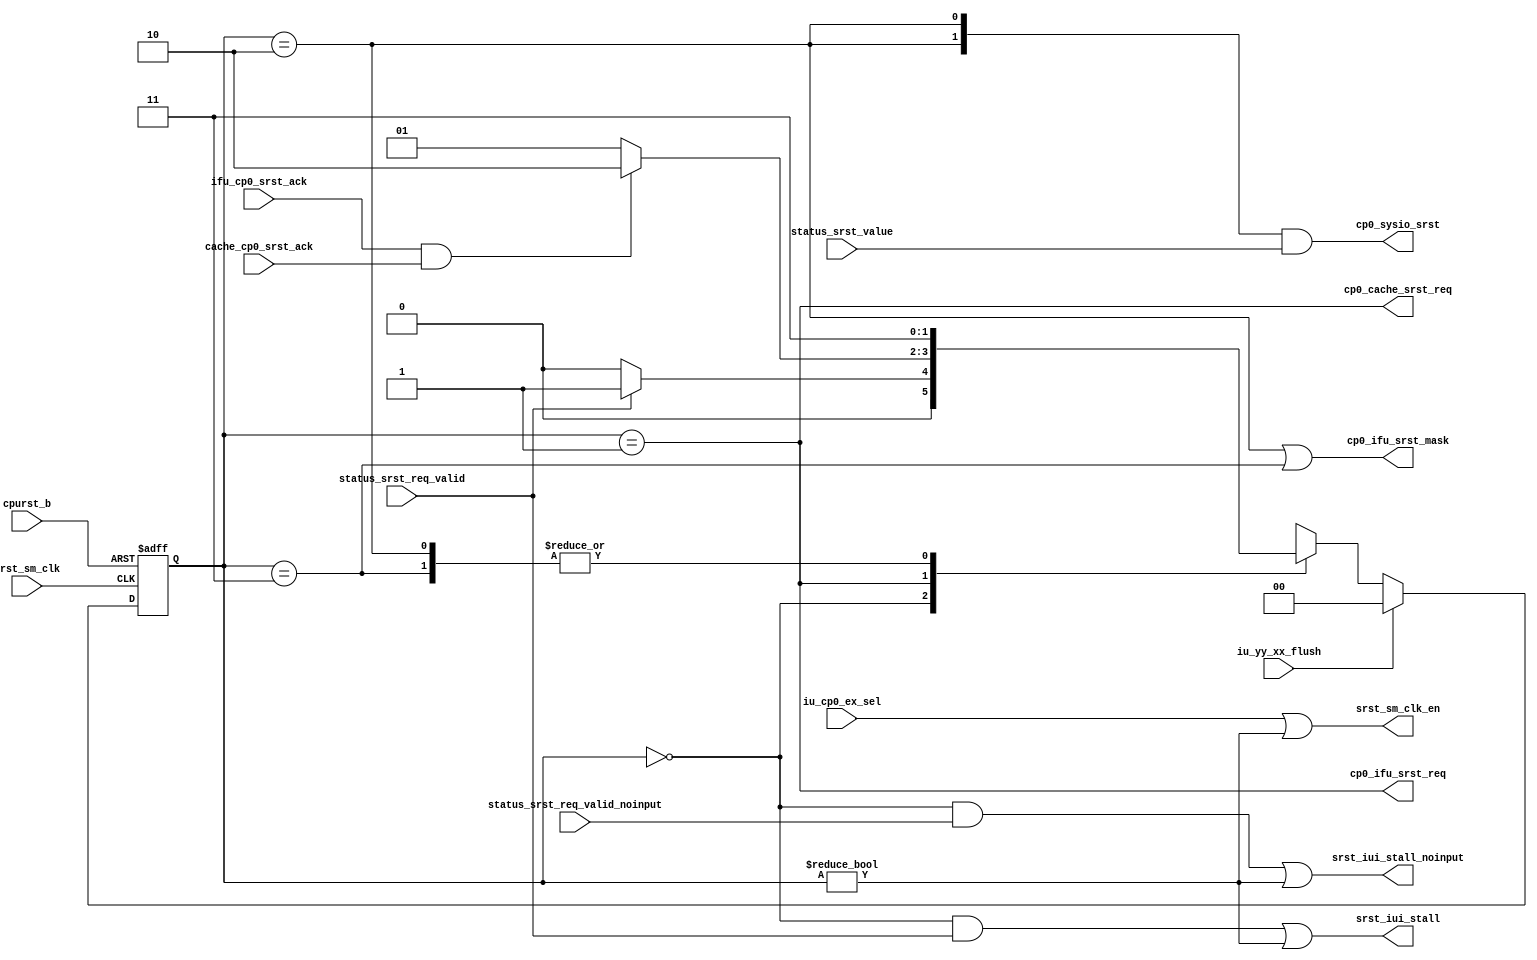
/*Copyright 2018-2021 T-Head Semiconductor Co., Ltd.

Licensed under the Apache License, Version 2.0 (the "License");
you may not use this file except in compliance with the License.
You may obtain a copy of the License at

    http://www.apache.org/licenses/LICENSE-2.0

Unless required by applicable law or agreed to in writing, software
distributed under the License is distributed on an "AS IS" BASIS,
WITHOUT WARRANTIES OR CONDITIONS OF ANY KIND, either express or implied.
See the License for the specific language governing permissions and
limitations under the License.
*/

// &ModuleBeg; @24
module cr_cp0_srst(
  cache_cp0_srst_ack,
  cp0_cache_srst_req,
  cp0_ifu_srst_mask,
  cp0_ifu_srst_req,
  cp0_sysio_srst,
  cpurst_b,
  ifu_cp0_srst_ack,
  iu_cp0_ex_sel,
  iu_yy_xx_flush,
  srst_iui_stall,
  srst_iui_stall_noinput,
  srst_sm_clk,
  srst_sm_clk_en,
  status_srst_req_valid,
  status_srst_req_valid_noinput,
  status_srst_value
);

// &Ports; @25
input          cache_cp0_srst_ack;           
input          cpurst_b;                     
input          ifu_cp0_srst_ack;             
input          iu_cp0_ex_sel;                
input          iu_yy_xx_flush;               
input          srst_sm_clk;                  
input          status_srst_req_valid;        
input          status_srst_req_valid_noinput; 
input   [1:0]  status_srst_value;            
output         cp0_cache_srst_req;           
output         cp0_ifu_srst_mask;            
output         cp0_ifu_srst_req;             
output  [1:0]  cp0_sysio_srst;               
output         srst_iui_stall;               
output         srst_iui_stall_noinput;       
output         srst_sm_clk_en;               

// &Regs; @26
reg     [1:0]  cur_state;                    
reg     [1:0]  next_state;                   

// &Wires; @27
wire           cache_cp0_srst_ack;           
wire           cp0_cache_srst_req;           
wire           cp0_ifu_srst_mask;            
wire           cp0_ifu_srst_req;             
wire    [1:0]  cp0_sysio_srst;               
wire           cpurst_b;                     
wire           ifu_cp0_srst_ack;             
wire           iu_cp0_ex_sel;                
wire           iu_yy_xx_flush;               
wire           srst_ack;                     
wire           srst_cmplt;                   
wire           srst_in_wait_state;           
wire           srst_iui_stall;               
wire           srst_iui_stall_noinput;       
wire           srst_sm_clk;                  
wire           srst_sm_clk_en;               
wire           status_srst_req_valid;        
wire           status_srst_req_valid_noinput; 
wire    [1:0]  status_srst_value;            


parameter IDLE   = 2'b00;
parameter WFACK  = 2'b01;
parameter WFCPLT = 2'b10;
parameter WFRST  = 2'b11;

//==========================================================
//                 Instance of Gated Cell  
//==========================================================
assign srst_sm_clk_en = iu_cp0_ex_sel || (cur_state != IDLE); 

//-----------------------------------------------------
// Request the BIU to enter low power mode and do
// not accept any more transaction from IFU or LSU
//-----------------------------------------------------

//-------------------FSM of srst req logic-----------------
// State Description:
// IDLE     : no srst instruction (wait,stop,doze)
// WFACK    : request sysio and wait for sysio ack
//           the srst request        
//-----------------------------------------------------

always @(posedge srst_sm_clk or negedge cpurst_b)
begin
  if(!cpurst_b)
    cur_state[1:0] <= IDLE;
  else if(iu_yy_xx_flush)
    cur_state[1:0] <= IDLE;
  else
    cur_state[1:0] <= next_state[1:0];
end

// &CombBeg; @61
always @( cur_state
       or status_srst_req_valid
       or srst_ack)
begin
  case(cur_state)
  IDLE   : if(status_srst_req_valid)
             next_state = WFACK;
           else
             next_state = IDLE;
  WFACK  : if(srst_ack)
             next_state = WFCPLT;
           else
             next_state = WFACK;
  WFCPLT :   next_state = WFRST;
  WFRST  :   next_state = WFRST;
  default:   next_state = IDLE;
  endcase
// &CombEnd; @75
end

assign srst_in_wait_state = (cur_state == WFACK);
assign srst_cmplt         = (cur_state == WFCPLT);

//-------------------control signal by srst FSM-------------
assign srst_iui_stall = (cur_state == IDLE) && status_srst_req_valid
                     || (cur_state != IDLE);
assign srst_iui_stall_noinput = (cur_state == IDLE) && status_srst_req_valid_noinput
                     || (cur_state != IDLE);

assign cp0_ifu_srst_req = srst_in_wait_state;
assign cp0_cache_srst_req = srst_in_wait_state;

//-----------------------------------------------------
//               srst request ack 
//-----------------------------------------------------
assign srst_ack = ifu_cp0_srst_ack && cache_cp0_srst_ack;

assign cp0_sysio_srst[1:0] = {2{srst_cmplt}} & status_srst_value[1:0];

assign cp0_ifu_srst_mask = (cur_state == WFCPLT) || (cur_state == WFRST);

// &ModuleEnd; @98
endmodule